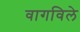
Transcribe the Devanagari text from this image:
वागविले